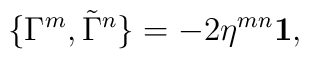
\{\Gamma^m, \tilde\Gamma^n\}=-2\eta^{mn}{\bf 1},